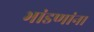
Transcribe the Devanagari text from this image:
भांडणांना